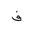
Letter: _fa